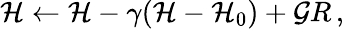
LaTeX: \mathcal{H}\leftarrow\mathcal{H}-\gamma(\mathcal{H}-\mathcal{H}_{0})+\mathcal{G}R\, ,